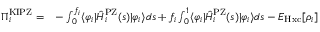
\begin{array} { r l } { \Pi _ { i } ^ { \mathrm { K I P Z } } = } & { - \int _ { 0 } ^ { f _ { i } } \langle \varphi _ { i } | \hat { H } _ { i } ^ { \mathrm { P Z } } ( s ) | \varphi _ { i } \rangle d s + f _ { i } \int _ { 0 } ^ { 1 } \langle \varphi _ { i } | \hat { H } _ { i } ^ { \mathrm { P Z } } ( s ) | \varphi _ { i } \rangle d s - E _ { \mathrm { H x c } } [ \rho _ { i } ] } \end{array}